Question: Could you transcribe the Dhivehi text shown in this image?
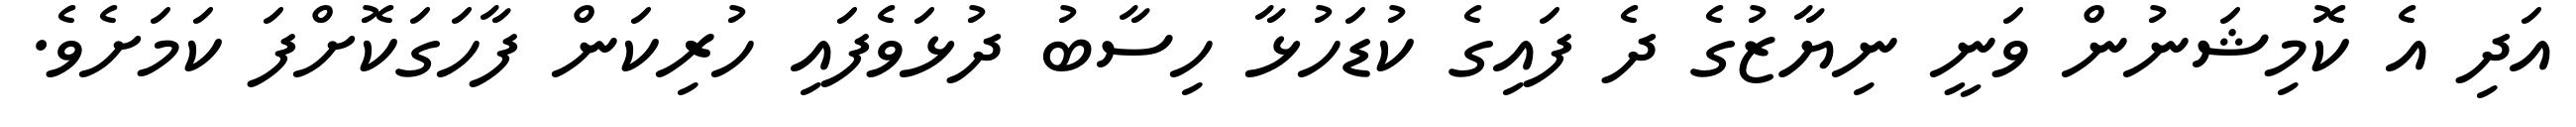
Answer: އަދި އެ ކޮމިޝަނުން ވަނީ ނިޔާޒުގެ ދެ ފައިގެ ކުޑަހުޅާ ހިސާބު ދުޅަވެފައި ހުރިކަން ފާހަގަކޮށްފަ ކަމަށެވެ.